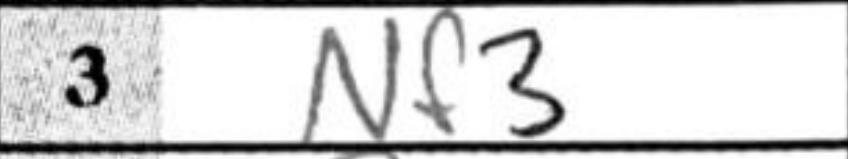
Transcription: Nf3